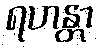
ရဟန္တာ